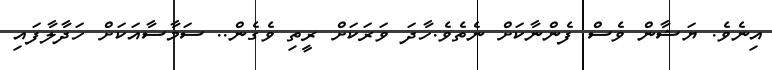
އިނެވެ. ޔަޝާން ވެސް ފެންނާކަށް ނެތެވެ.ހާދަ ވަރަކަށް ރީތި ވެގެން.. ސަމާސާއަކަށް ހަދާލާފައި